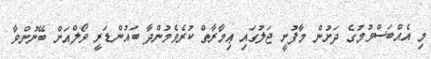
މި އެއްބަސްވުމުގެ ދަށުން މާފުށީ ޖަލުގައި ޢިމާރާތް ކުރެވެމުންދާ ބައުންޑަރީ ވޯލްއަށް ބޭނުންވާ